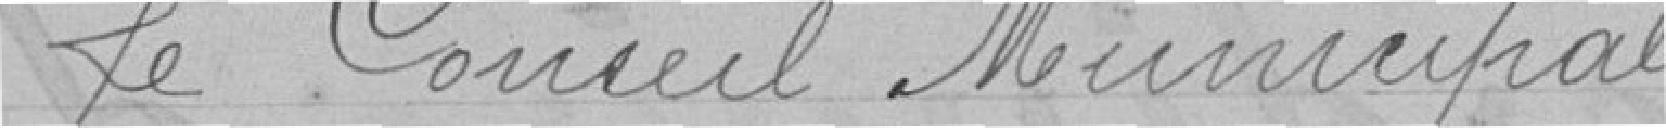
Le Conseil Municipal